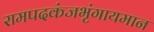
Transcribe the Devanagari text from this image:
रामपदकंजभृंगायमान